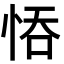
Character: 𢚺